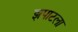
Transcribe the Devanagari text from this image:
झपाटला